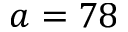
a = 7 8